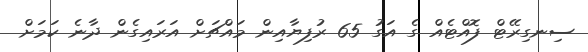
ސިނގިރޭޓް ފޮއްޓެއް ގެ އަގު 65 ރުފިޔާއިން މައްޗަށް އަރައިގެން ދާނެ ކަމަށް